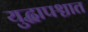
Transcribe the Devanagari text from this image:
युद्धापश्चात